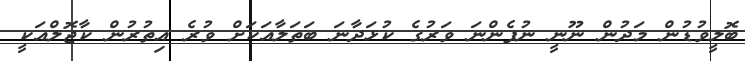
ބޮލީވުޑުން މަދުން ނޫނީ ނުފެންނަ ވަރުގެ ކުޅަދާނަ ބަތަލާއަކަށް ވުރެ އިތުރުން ކާޖޮލްއަކީ